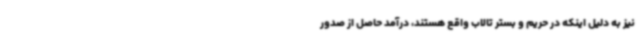
نیز به دلیل اینکه در حریم و بستر تالاب واقع هستند، درآمد حاصل از صدور